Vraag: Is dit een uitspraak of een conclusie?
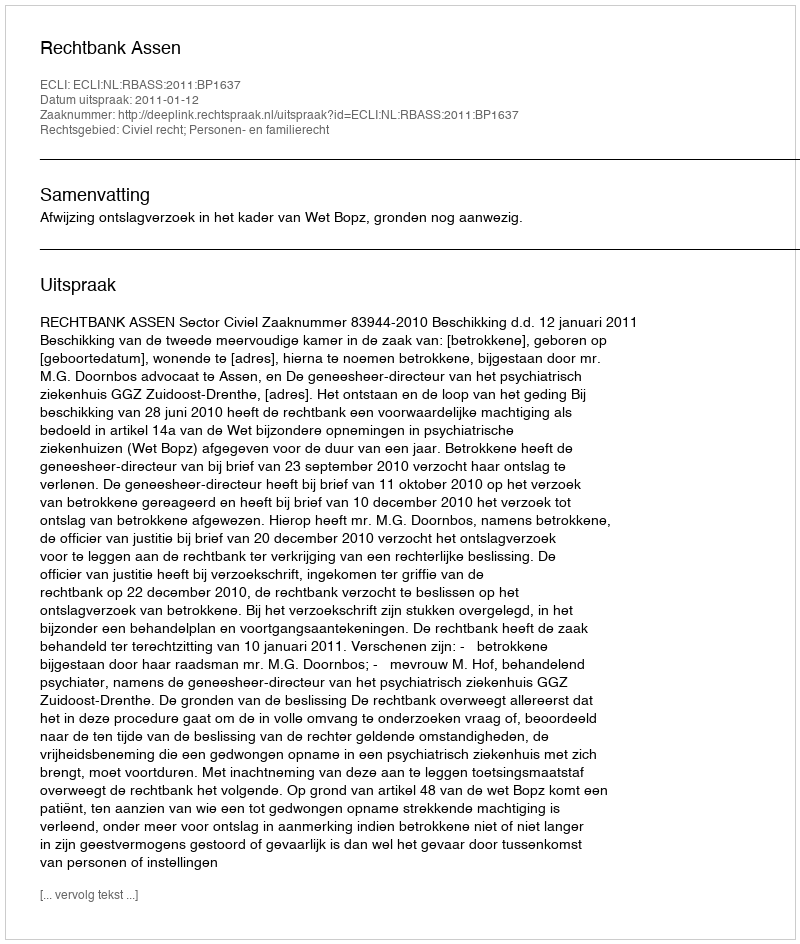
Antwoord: Uitspraak